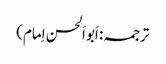
ترجمہ: اَبواَلحسن اِمام)